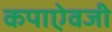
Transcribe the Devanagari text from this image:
कपाऐवजी